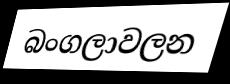
බංගලාවලන